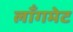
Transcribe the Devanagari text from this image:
लाँगमेट